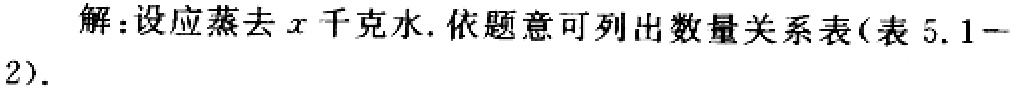
解：设应蒸去\(x\)千克水. 依题意可列出数量关系表(表 \(5.1 - 2\)).